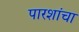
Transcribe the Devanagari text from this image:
पारशांचा